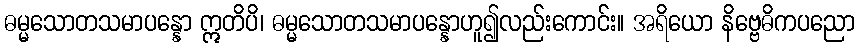
ဓမ္မသောတသမာပန္နော ဣတိပိ၊ ဓမ္မသောတသမာပန္နောဟူ၍လည်းကောင်း။ အရိယော နိဗ္ဗေဓိကပညော